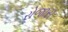
રોજાસ